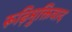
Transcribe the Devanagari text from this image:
रूढ़िमुक्तिवाद